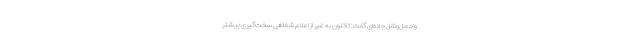
و حمل‌ونقل جاده‌ای گفت: تاکنون به غیر از اعلام شفاهی سخت‌گیری بیشتر